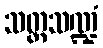
သတ္တသဏ္ဍံ